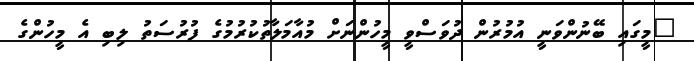
"މީގައި ބޭނުންވަނީ އުމުރުން ދުވަސްވީ މީހުންނަށް މުއާމަލާތުކުރުމުގެ ފުރުސަތު ލިބި އެ މީހުންގެ